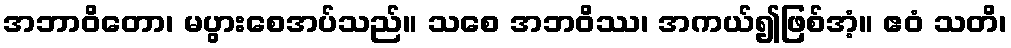
အဘာဝိတော၊ မပွားစေအပ်သည်။ သစေ အဘဝိဿ၊ အကယ်၍ဖြစ်အံ့။ ဧဝံ သတိ၊